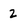
Character: 2